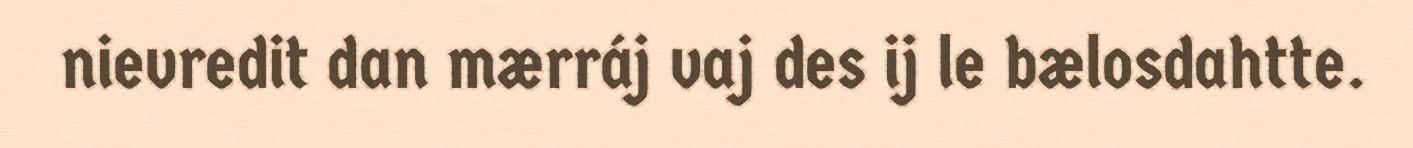
nievredit dan mærráj vaj des ij le bælosdahtte.